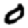
Digit: 0